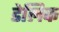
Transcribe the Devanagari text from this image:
डेलिक